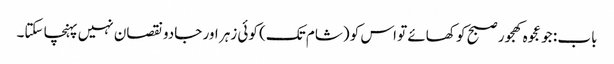
باب : جو عجوہ کھجور صبح کو کھائے تو اس کو (شام تک) کوئی زہر اور جادو نقصان نہیں پہنچا سکتا۔